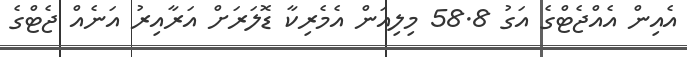
އެއިން އެއްޖެޓްގެ އަގު 58.8 މިލިއަން އެމެރިކާ ޑޮލަރަށް އަރާއިރު އަނެއް ޖެޓްގެ